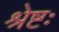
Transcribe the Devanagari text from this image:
श्रेष्टः